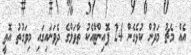
އެއް މެޗު މަދުން ކުޅެގެން 24 ޕޮއިންޓާއެކު ތާވަލްގެ ދެވަނައިގައި މިވަގުތު އޮތީ